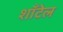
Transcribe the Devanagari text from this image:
शाँटेल